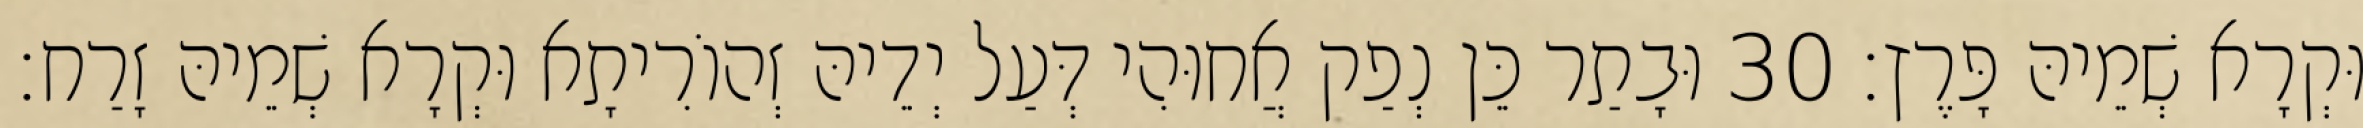
וּקְרָא שְׁמֵיהּ פָּרֶץ׃ 30 וּבָתַר כֵּן נְפַק אֲחוּהִי דְּעַל יְדֵיהּ זְהוֹרִיתָא וּקְרָא שְׁמֵיהּ זָרַח׃